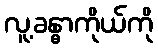
လူ့ခန္ဓာကိုယ်ကို